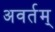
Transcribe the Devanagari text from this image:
अवर्तम्